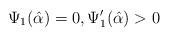
LaTeX: \begin{align*}\Psi_1(\hat\alpha)=0, \Psi_1'(\hat\alpha)>0\end{align*}